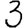
Digit: 3